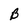
Character: B